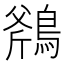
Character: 𪂥